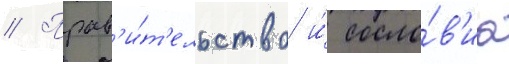
// Прав'и́т'ельство и́ сосло́в'иа